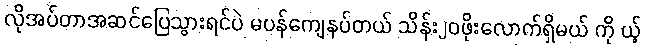
လိုအပ်တာအဆင်ပြေသွားရင်ပဲ မပန်ကျေနပ်တယ် သိန်း၂၀ဖိုးလောက်ရှိမယ် ကို ယ့်